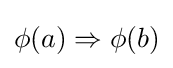
\phi (a)\Rightarrow \phi (b)